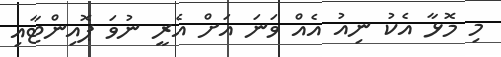
މި މޮޅާ އެކު ނިއު އެއް ވަނަ އަށް އެރީ ނުވަ ޕޮއިންޓާއި